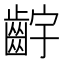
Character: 𬹷